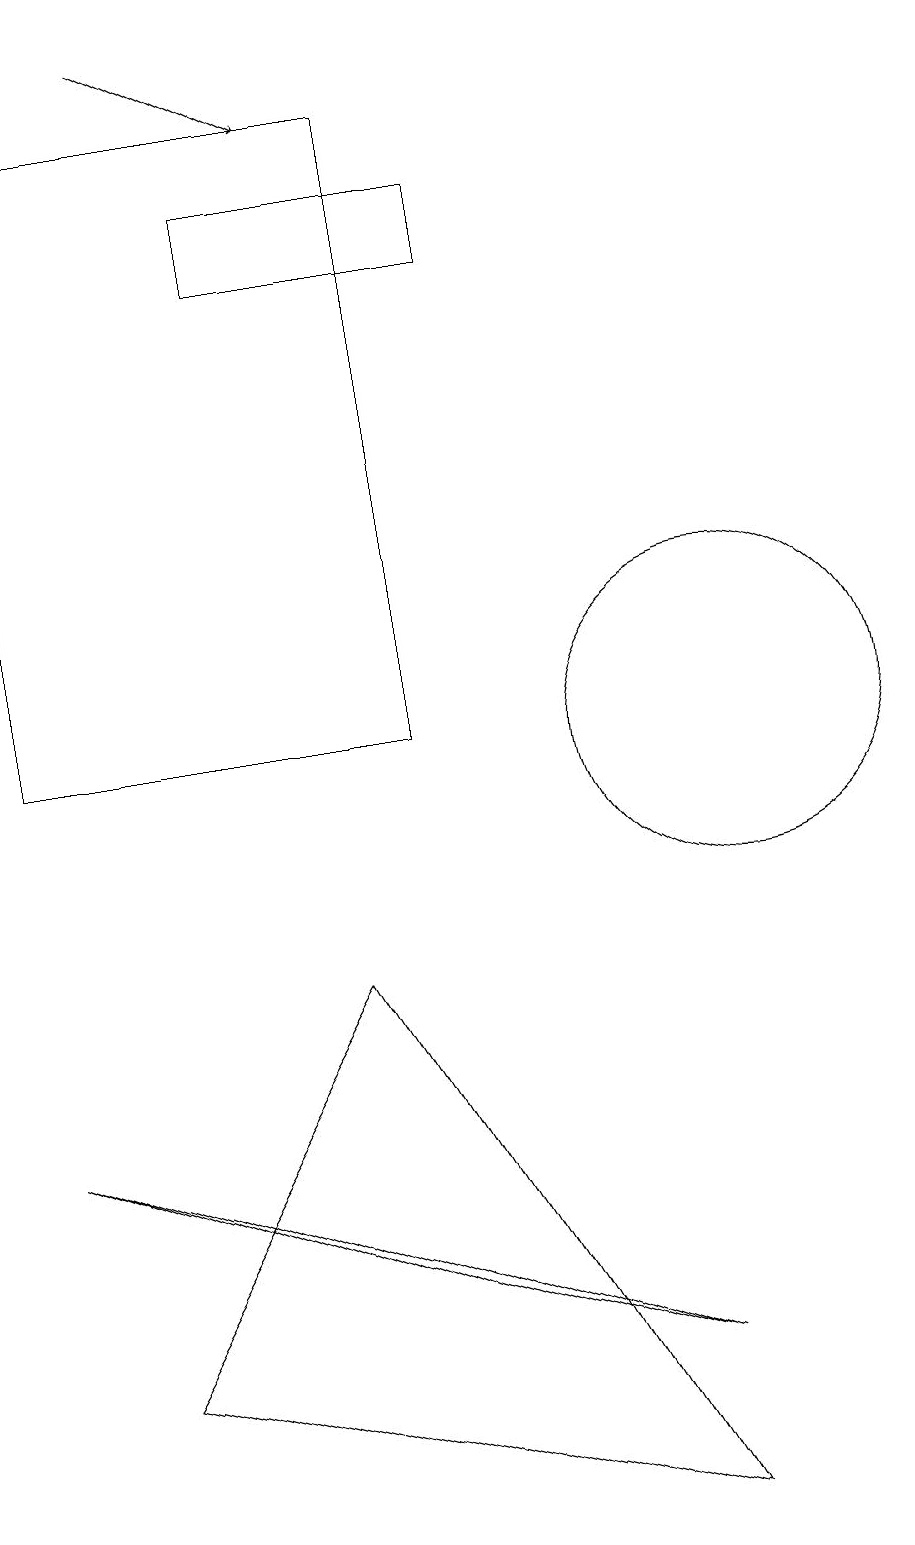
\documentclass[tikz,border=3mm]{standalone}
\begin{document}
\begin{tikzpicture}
\draw (6,18) rectangle (1,10);
\draw (9,0) -- (5,7) -- (2,2) -- cycle;
\draw[->] (3,19) -- (5,18);
\draw (7,17) rectangle (4,16);
\draw (9,2) -- (1,5) -- (6,3) -- cycle;
\draw (10,10) circle (2);
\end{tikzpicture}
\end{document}